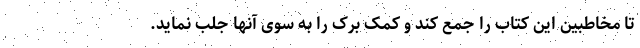
تا مخاطبین این کتاب را جمع کند و کمک برک را به سوی آنها جلب نماید.